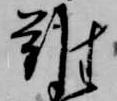
難